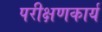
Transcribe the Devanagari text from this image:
परीक्षणकार्य